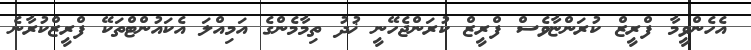
އެހެންވީމާ ފްރީޒް ކުރަންޏާވެސް ފްރީޒް ކުރަންޖެހޭނީ ޚުދު ތިމާމެންގެ އަމިއްލަ އެކައުންޓްތަކޭ ފްރީޒްކުރާނެ